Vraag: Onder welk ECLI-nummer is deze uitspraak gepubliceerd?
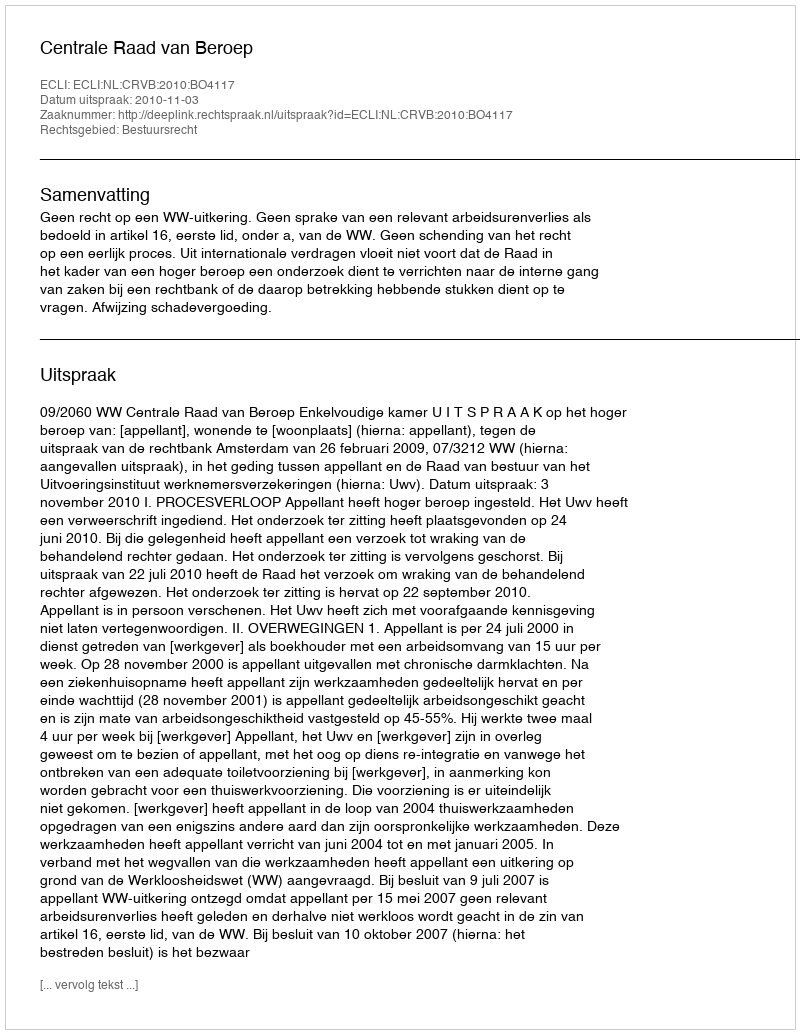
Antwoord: ECLI:NL:CRVB:2010:BO4117